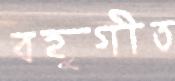
বহুগীত